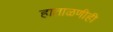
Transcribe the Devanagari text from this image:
हाताळणीही